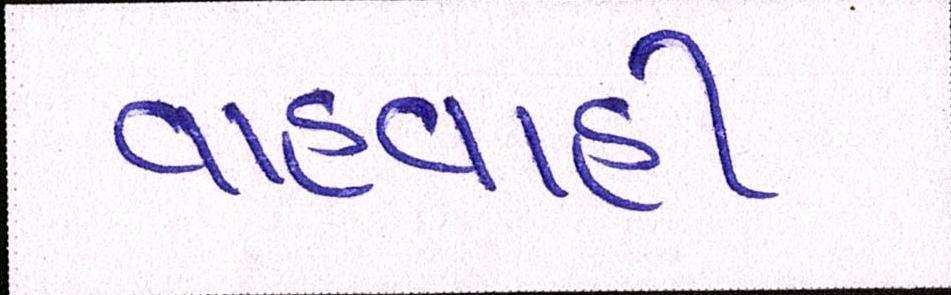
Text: વાહવાહી